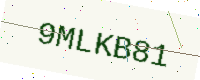
Text: 9MLKB81